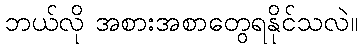
ဘယ်လို အစားအစာတွေရနိုင်သလဲ။